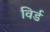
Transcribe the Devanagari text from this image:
विर्ड